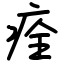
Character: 痊